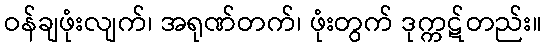
ဝန်ချဖုံးလျက်၊ အရုဏ်တက်၊ ဖုံးတွက် ဒုက္ကဋ်တည်း။